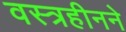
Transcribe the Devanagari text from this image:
वस्त्रहीनने